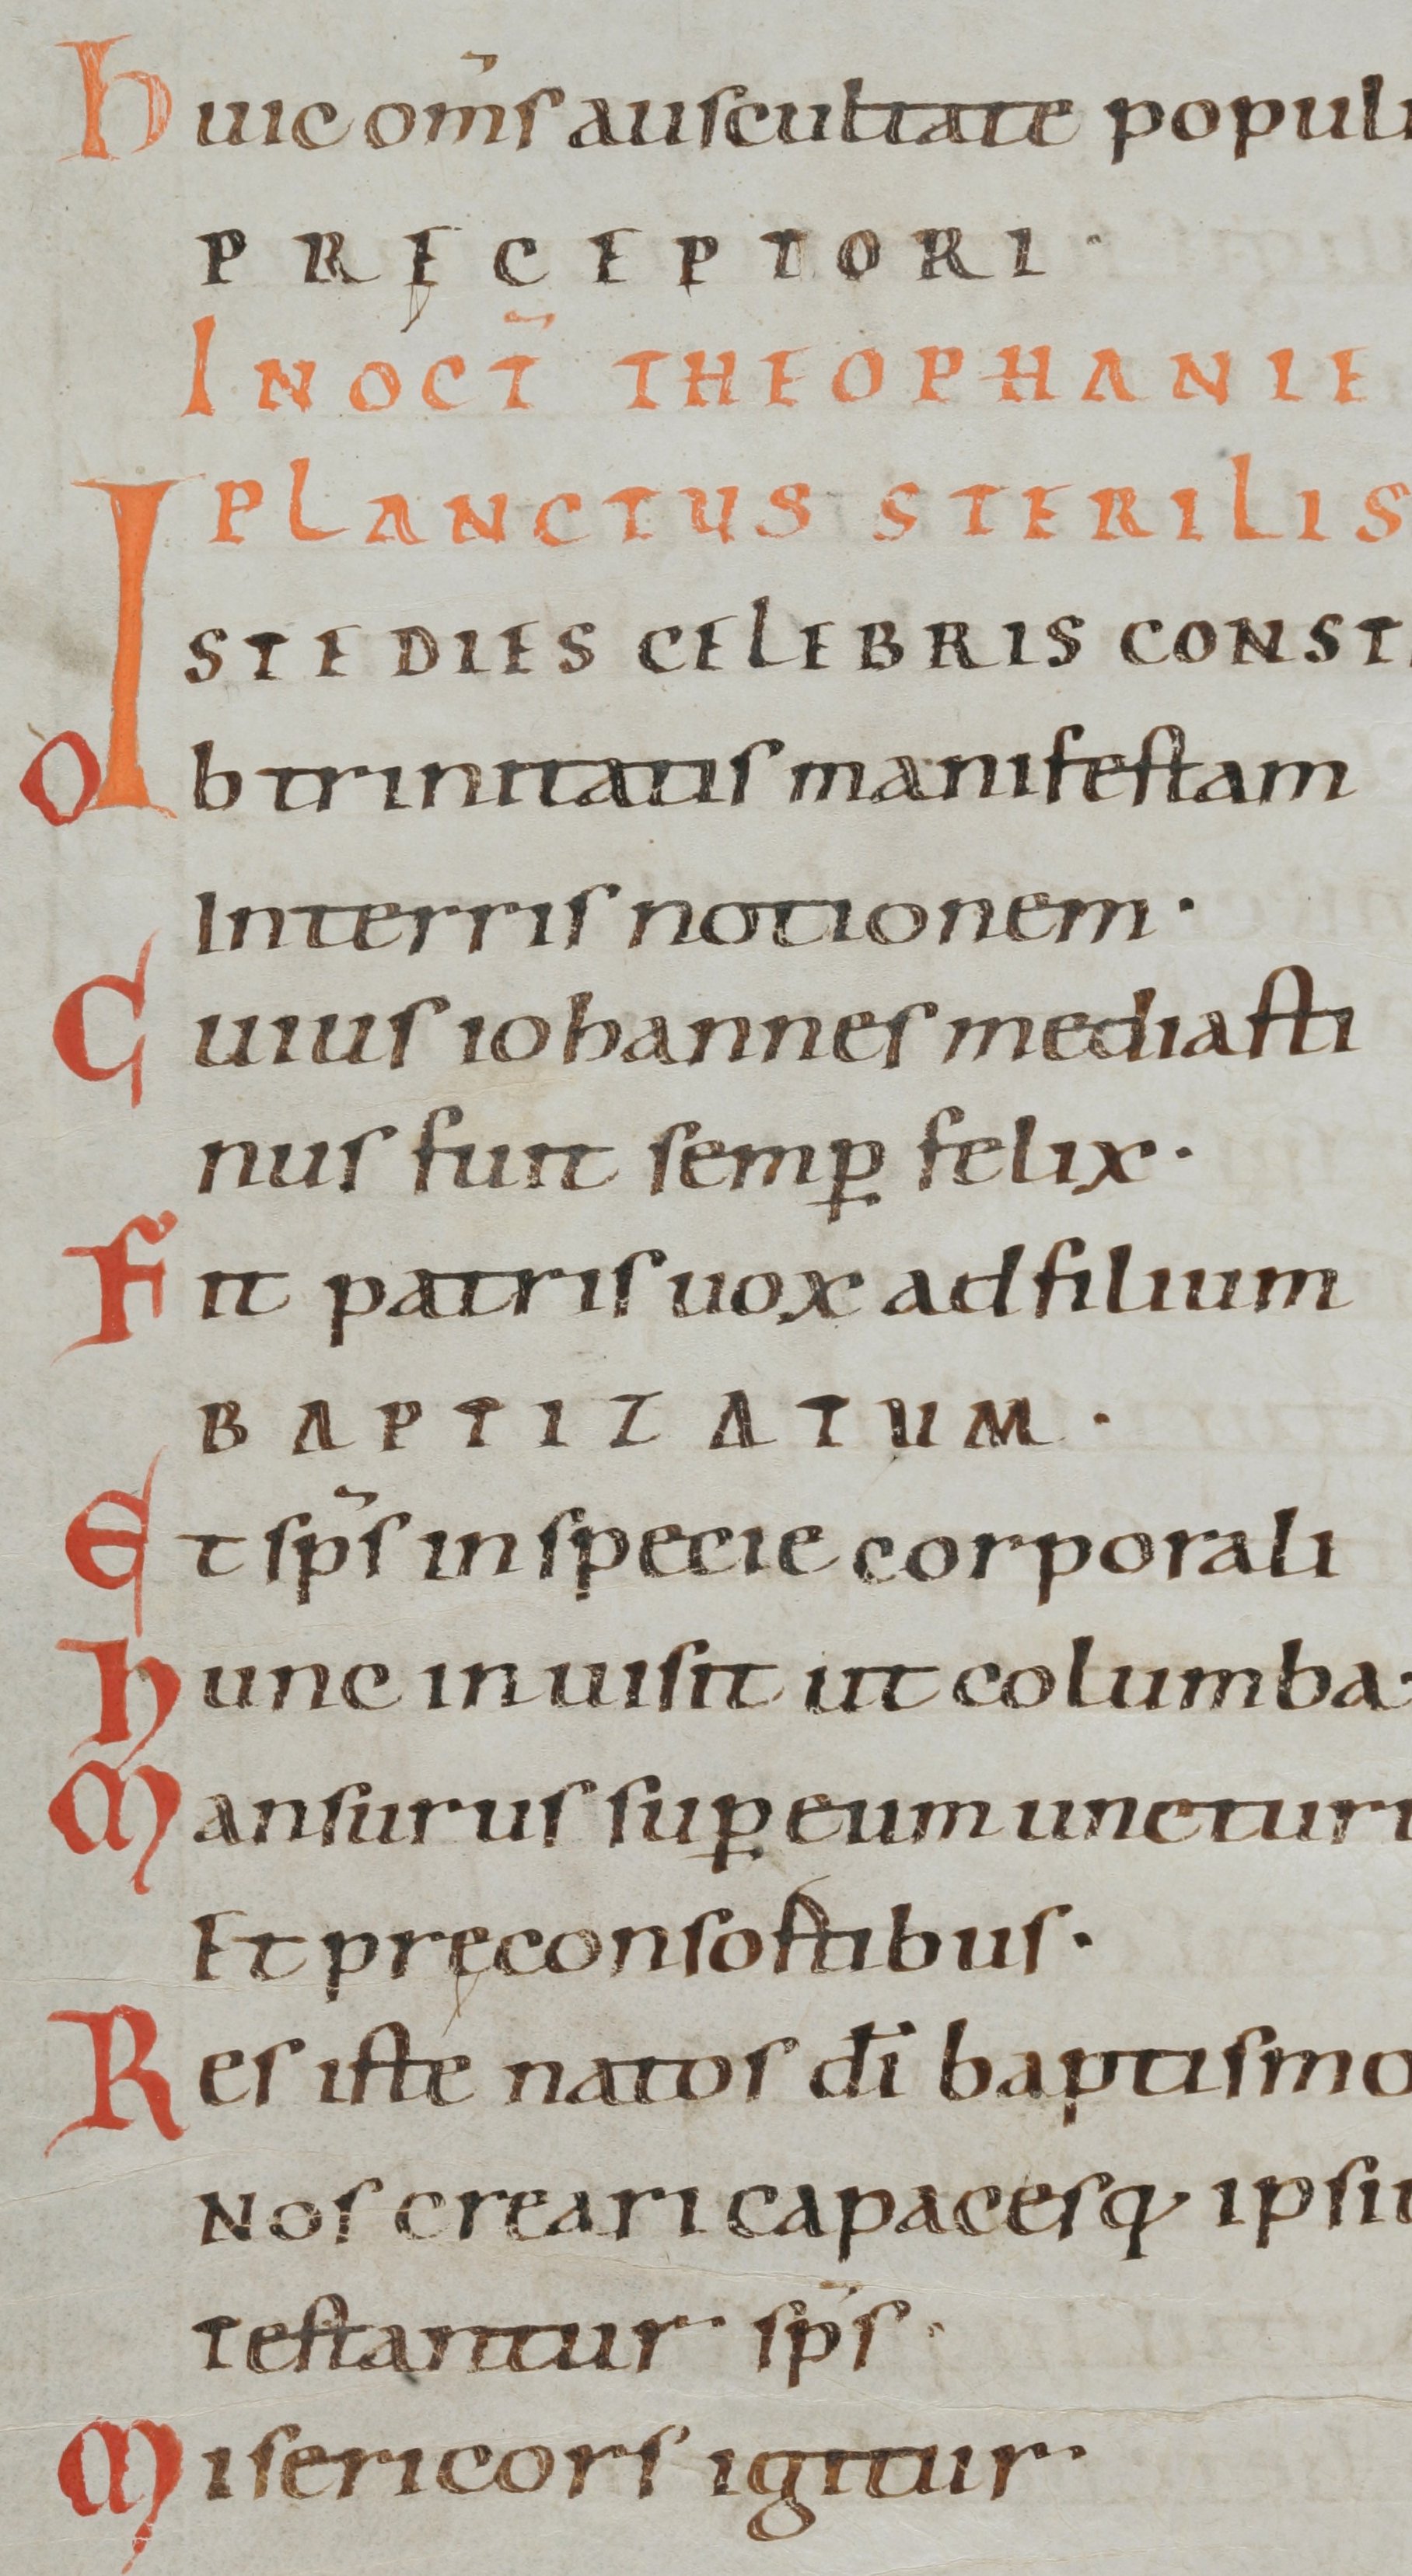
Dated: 1000–1099